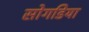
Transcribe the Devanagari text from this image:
सोगडिया